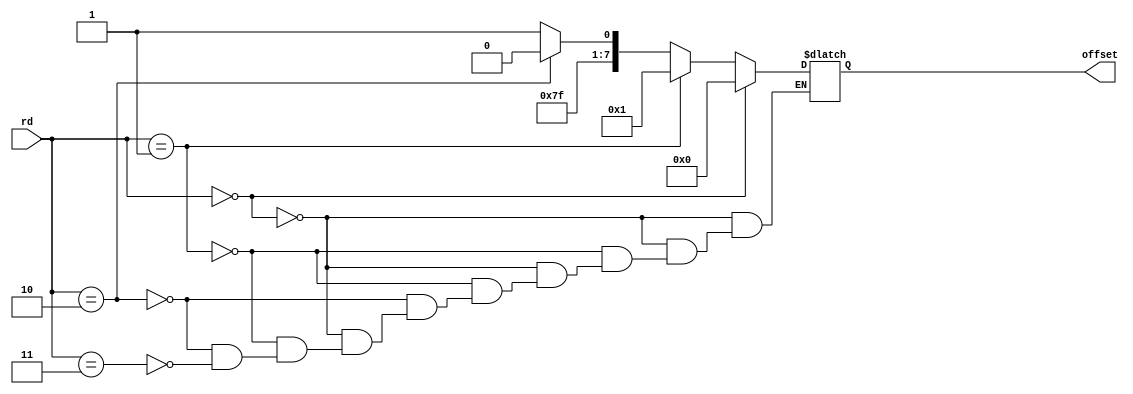
`timescale 1ns / 1ps
//////////////////////////////////////////////////////////////////////////////////
// Company: 
// Engineer: 
// 
// Design Name: 
// Module Name:    signExtend 
// Project Name: 
// Target Devices: 
// Tool versions: 
// Description: 
//
// Dependencies: 
//
// Revision: 
// Revision 0.01 - File Created
// Additional Comments: 
//
//////////////////////////////////////////////////////////////////////////////////


module signExtend(
	input [1:0] rd,
	output reg [7:0] offset
	);
	 
	 always @ (rd) begin
		if (rd == 2'b00) begin
			offset = 8'b00000000;//0
		end
		else if (rd == 2'b01) begin
			offset = 8'b00000001;//1
		end
		else if (rd == 2'b10) begin
			offset = 8'b11111110;//-2
		end
		else if (rd == 2'b11) begin
			offset = 8'b11111111;//-1
		end
	end

endmodule